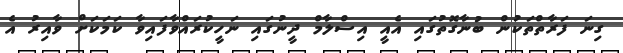
ގިނަ ފަރާތްތަކުން ބުނާގޮތުގައި އެއީ އިސްލާމް ދީނުގައި ނަހީކުރައްވާފައިވާ ކަމަކަށް ވާއިރު އެ